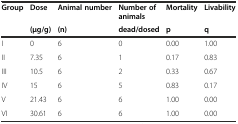
<table><thead><tr><td rowspan="2"><b>Group</b></td><td><b>Dose</b></td><td><b>Animal number</b></td><td><b>Number of animals</b></td><td><b>Mortality</b></td><td><b>Livability</b></td></tr><tr><td><b>(μg/g)</b></td><td><b>(n)</b></td><td><b>dead/dosed</b></td><td><b>p</b></td><td><b>q</b></td></tr></thead><tbody><tr><td>I</td><td>0</td><td>6</td><td>0</td><td>0.00</td><td>1.00</td></tr><tr><td>II</td><td>7.35</td><td>6</td><td>1</td><td>0.17</td><td>0.83</td></tr><tr><td>III</td><td>10.5</td><td>6</td><td>2</td><td>0.33</td><td>0.67</td></tr><tr><td>IV</td><td>15</td><td>6</td><td>5</td><td>0.83</td><td>0.17</td></tr><tr><td>V</td><td>21.43</td><td>6</td><td>6</td><td>1.00</td><td>0.00</td></tr><tr><td>VI</td><td>30.61</td><td>6</td><td>6</td><td>1.00</td><td>0.00</td></tr></tbody></table>